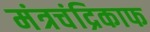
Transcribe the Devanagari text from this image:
मंत्रचंद्रिकाफ